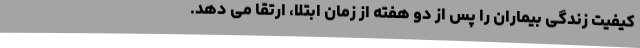
کیفیت زندگی بیماران را پس از دو هفته از زمان ابتلا، ارتقا می دهد.